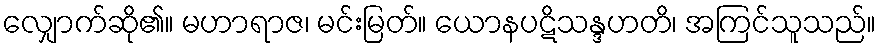
လျှောက်ဆို၏။ မဟာရာဇ၊ မင်းမြတ်။ ယောနပဋိသန္ဒဟတိ၊ အကြင်သူသည်။